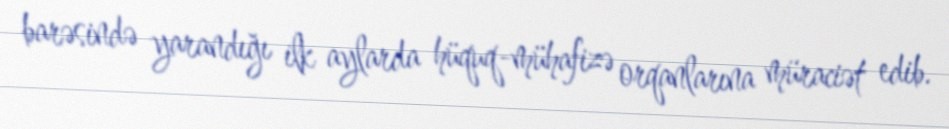
barəsində yarandığı ilk aylarda hüquq-mühafizə orqanlarına müraciət edib.